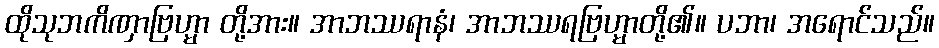
ထိုသုဘကိဏှာဗြဟ္မာ တို့အား။ အာဘဿရာနံ၊ အာဘဿရဗြဟ္မာတို့၏။ ပဘာ၊ အရောင်သည်။